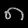
Digit: ၈